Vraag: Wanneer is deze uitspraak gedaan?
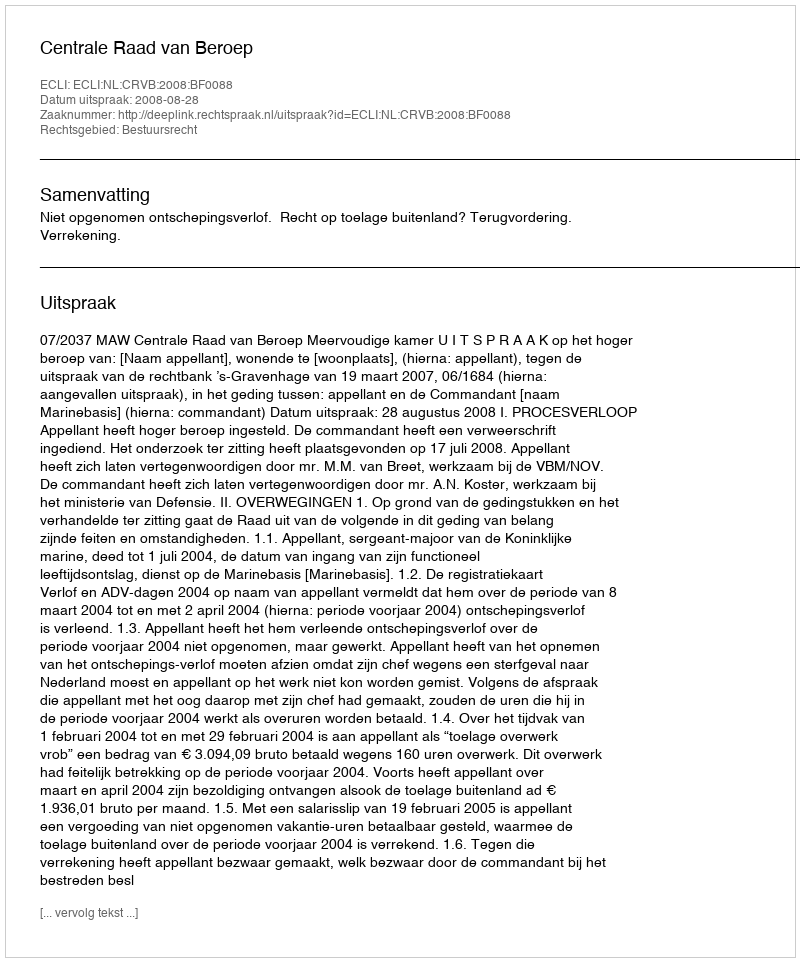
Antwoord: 2008-08-28